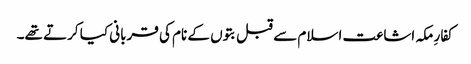
کفارِ مکہ اشاعت اسلام سے قبل بتوں کے نام کی قربانی کیا کرتے تھے۔